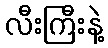
လီးကြီးနဲ့